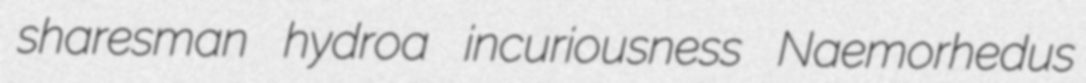
sharesman hydroa incuriousness Naemorhedus